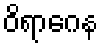
ဝိရာဂေန